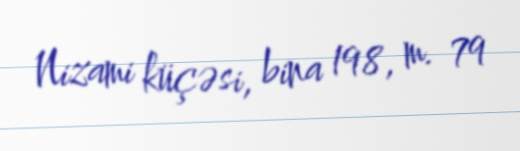
Nizami küçəsi, bina 198, m. 79